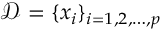
\mathcal { D } = \{ x _ { i } \} _ { i = 1 , 2 , \ldots , p }